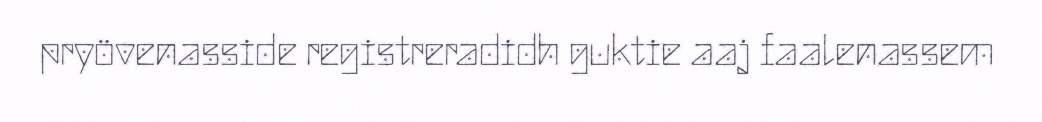
pryövenasside registreradidh guktie aaj faalenassem